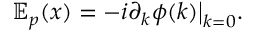
\begin{array} { r } { \mathbb { E } _ { p } ( x ) = - i \partial _ { k } \phi ( k ) \big | _ { k = 0 } . } \end{array}